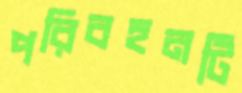
পরিবহনটি